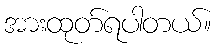
အားထုတ်ရပါတယ်။